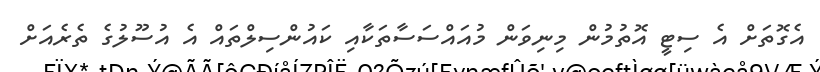
އެގޮތަށް އެ ސިޓީ އޮތުމުން މިނިވަން މުއައްސަސާތަކާއި ކައުންސިލްތައް އެ އުސޫލުގެ ތެރެއަށް